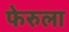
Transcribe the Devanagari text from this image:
फेरुला